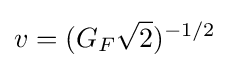
v=(G_{F}{\sqrt {2}})^{-1/2}